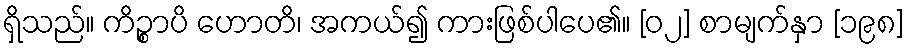
ရှိသည်။ ကိဉ္စာပိ ဟောတိ၊ အကယ်၍ ကားဖြစ်ပါပေ၏။ [၀၂] စာမျက်နှာ [၁၉၈]